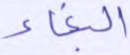
البغاء